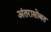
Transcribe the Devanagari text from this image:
अंतरासोबत